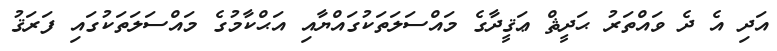
އަދި އެ ދެ ވައްތަރު ޙަދީޘް ޢަޤީދާގެ މައްސަލަތަކުގައްޔާއި އަޙްކާމުގެ މައްސަލަތަކުގައި ފަރަޤު